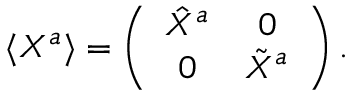
\langle X ^ { a } \rangle = \left( \begin{array} { c c } { { \hat { X } ^ { a } } } & { { 0 } } \\ { { 0 } } & { { \tilde { X } ^ { a } } } \end{array} \right) .